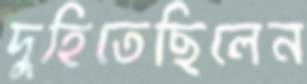
দুহিতেছিলেন